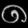
Digit: ၈